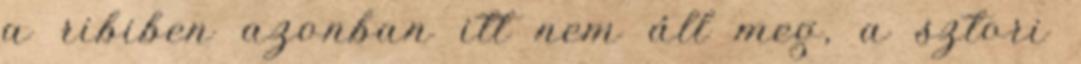
a ribiben azonban itt nem áll meg, a sztori